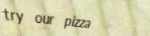
try our pizza